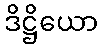
ဒိဋ္ဌိယော